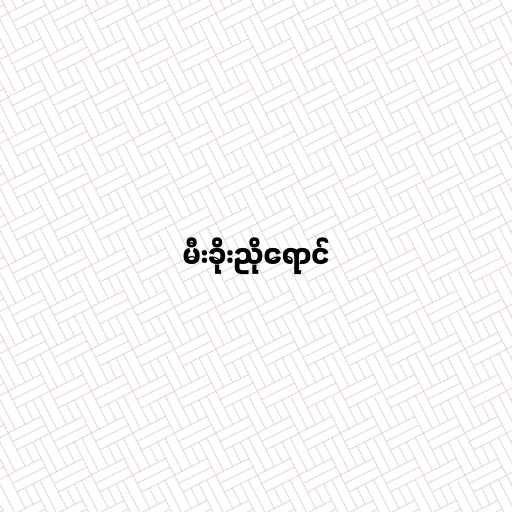
မီးခိုးညိုရောင်